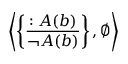
\left\langle \left\{ { \frac { : A ( b ) } { \neg A ( b ) } } \right\} , \emptyset \right\rangle